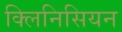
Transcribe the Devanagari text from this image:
क्लिनिसियन